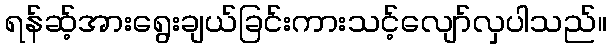
ရန်ဆ့်အားရွေးချယ်ခြင်းကားသင့်လျော်လှပါသည်။